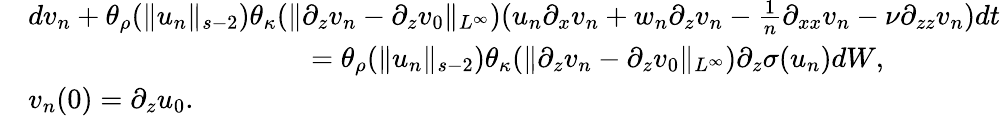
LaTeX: \begin{array}{rl}&{dv_{n}+\theta_{\rho}(\| u_{n}\| _{s-2})\theta_{\kappa}(\| \partial_{z}v_{n}-\partial_{z}v_{0}\| _{L^{\infty}})(u_{n}\partial_{x}v_{n}+w_{n}\partial_{z}v_{n}-\frac 1n\partial_{xx}v_{n}-\nu\partial_{zz}v_{n})dt}\\ &{\qquad\qquad\qquad\qquad\qquad=\theta_{\rho}(\| u_{n}\| _{s-2})\theta_{\kappa}(\| \partial_{z}v_{n}-\partial_{z}v_{0}\| _{L^{\infty}})\partial_{z}\sigma(u_{n})dW,}\\ &{v_{n}(0)=\partial_{z}u_{0}.}\end{array}